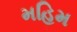
મહિમ